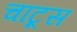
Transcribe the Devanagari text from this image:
चाटूस